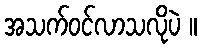
အသက်ဝင်လာသလိုပဲ ။